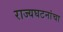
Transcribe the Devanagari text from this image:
राज्यघटनांचा